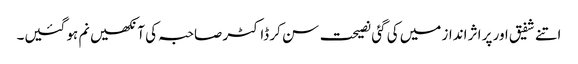
اتنے شفیق اور پر اثر انداز میں کی گئی نصیحت سن کر ڈاکٹر صاحبہ کی آنکھیں نم ہو گئیں۔